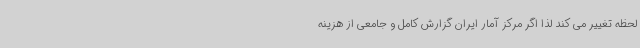
لحظه تغییر می کند لذا اگر مرکز آمار ایران گزارش کامل و جامعی از هزینه